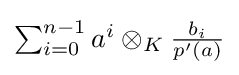
{\textstyle \sum _{i=0}^{n-1}a^{i}\otimes _{K}{\frac {b_{i}}{p'(a)}}}